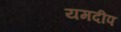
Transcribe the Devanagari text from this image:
यमदीप